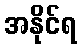
အနိုင်ရ